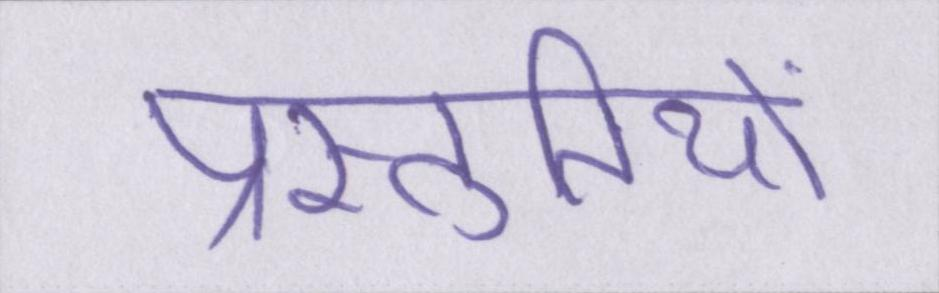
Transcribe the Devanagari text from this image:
प्रस्तुतियों